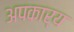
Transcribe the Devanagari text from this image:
अपकार्य